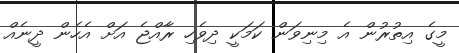
މީގެ އިތުރުން އެ މިނިވަން ކަމަކީ ދިވެހި ރާއްޖެ އަށް އެހެން ދީނެއް